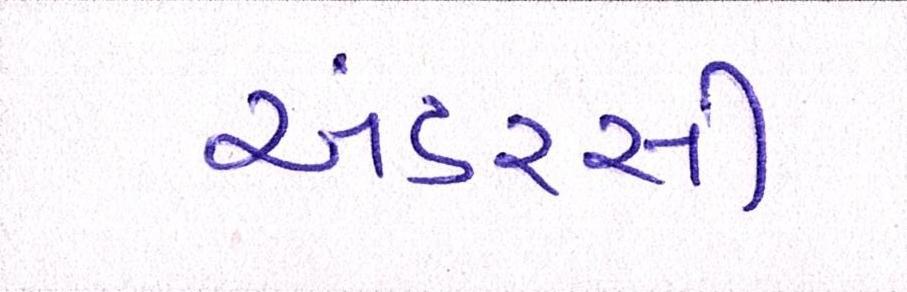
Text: અંડરસી